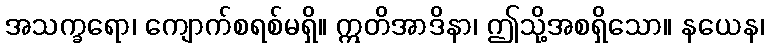
အသက္ခရော၊ ကျောက်စရစ်မရှိ။ ဣတိအာဒိနာ၊ ဤသို့အစရှိသော။ နယေန၊